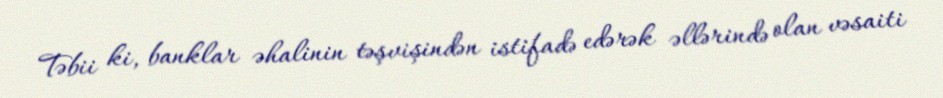
Təbii ki, banklar əhalinin təşvişindən istifadə edərək əllərində olan vəsaiti